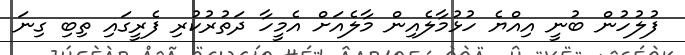
ފުލުހުން ބުނީ އިއްޔެ ހުޅުމާލެއިން މާލެއަށް އެމީހާ ދަތުރުކުރި ފެރީގައި ތިބި ގިނަ